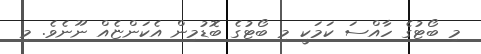
މި ބޯޓުގެ ހާއްސަ ކަމަކީ މި ބޯޓުގެ ބޮޑުމިން އެކަންޏެއް ނޫނެވެ. މި